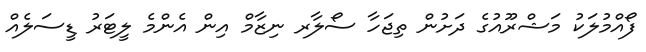
ފޯއްމުލަކު މަޝްރޫއުގެ ދަށުން ތިޖަހާ ސޯލާރ ނިޒާމް އިން އެންމެ ލީޓަރު ޑީސަލެއް